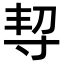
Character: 𡬨